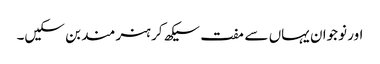
اور نوجوان یہاں سے مفت سیکھ کر ہنر مند بن سکیں۔